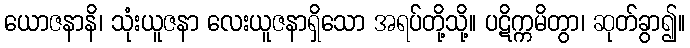
ယောဇနာနိ၊ သုံးယူဇနာ လေးယူဇနာရှိသော အရပ်တို့သို့။ ပဋိက္ကမိတွာ၊ ဆုတ်ခွာ၍။